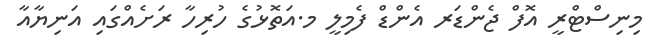
މިނިސްޓްރީ އޮފް ޖެންޑަރ އެންޑް ފެމިލީ މ.އަތޮޅުގެ ހުރިހާ ރަށެއްގައި އަނިޔާއާ